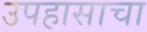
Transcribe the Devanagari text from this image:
उपहासाचा